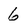
Character: 6